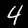
Label: 4